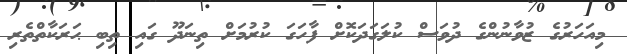
މިއަހަރުގެ ޒުވާނުންގެ ދުވަސް ކުލަގަދަކޮށް ފާހަގަ ކުރުމަށް ތިނަދޫ ގައި ތިބި ޙަރަކާތްތެރި